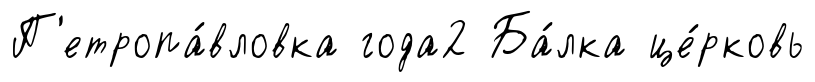
П'етропа́вловка года2 Ба́лка це́рковь